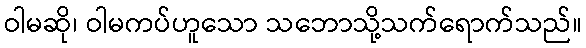
ဝါမဆို၊ ဝါမကပ်ဟူသော သဘောသို့သက်ရောက်သည်။